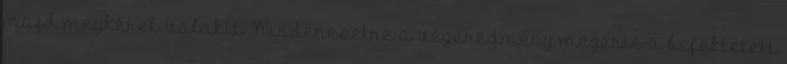
majd megkérek valakit. Mindenesetre a végeredmény megérte a befektetett